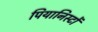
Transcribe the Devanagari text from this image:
पियानिस्टों